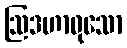
ဩဒဟာဝုသော